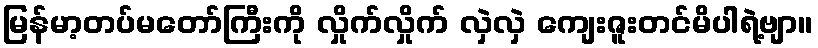
မြန်မာ့တပ်မတော်ကြီးကို လှိုက်လှိုက် လှဲလှဲ ကျေးဇူးတင်မိပါရဲ့ဗျာ။